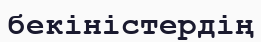
бекіністердің